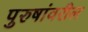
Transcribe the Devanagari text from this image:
पुरुषांवरील